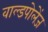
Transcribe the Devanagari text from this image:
वाल्डपोलेंज